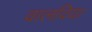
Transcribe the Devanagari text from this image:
वालदिया